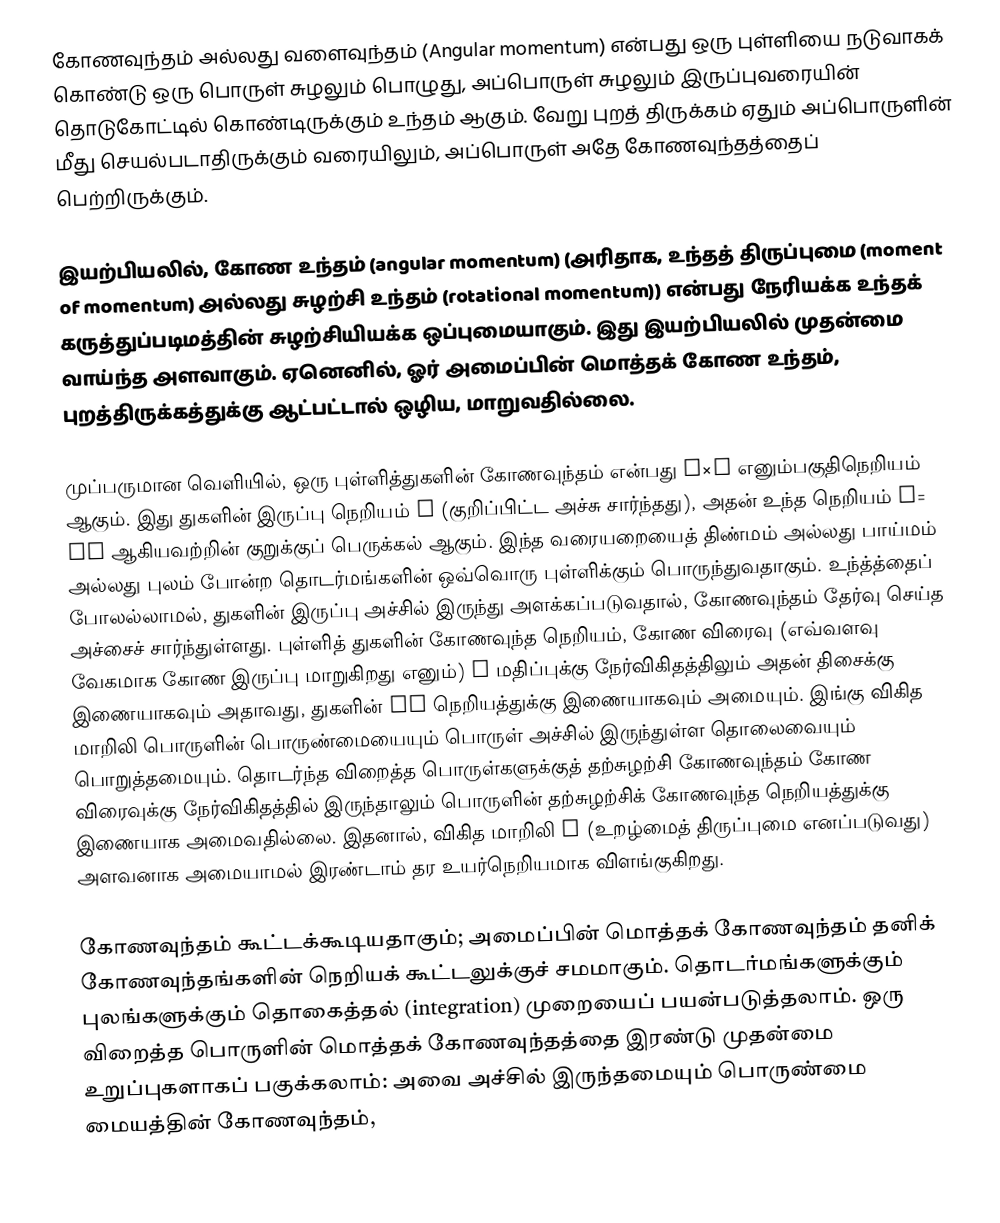
கோணவுந்தம் அல்லது வளைவுந்தம் (Angular momentum) என்பது ஒரு புள்ளியை நடுவாகக் கொண்டு ஒரு பொருள் சுழலும் பொழுது, அப்பொருள் சுழலும் இருப்புவரையின் தொடுகோட்டில் கொண்டிருக்கும் உந்தம் ஆகும். வேறு புறத் திருக்கம் ஏதும் அப்பொருளின் மீது செயல்படாதிருக்கும் வரையிலும், அப்பொருள் அதே கோணவுந்தத்தைப் பெற்றிருக்கும்.

இயற்பியலில், கோண உந்தம் (angular momentum) (அரிதாக, உந்தத் திருப்புமை (moment of momentum) அல்லது சுழற்சி உந்தம் (rotational momentum)) என்பது நேரியக்க உந்தக் கருத்துப்படிமத்தின் சுழற்சியியக்க ஒப்புமையாகும். இது இயற்பியலில் முதன்மை வாய்ந்த அளவாகும். ஏனெனில், ஓர் அமைப்பின் மொத்தக் கோண உந்தம், புறத்திருக்கத்துக்கு ஆட்பட்டால் ஒழிய, மாறுவதில்லை.

முப்பருமான வெளியில், ஒரு புள்ளித்துகளின் கோணவுந்தம் என்பது r×p எனும்பகுதிநெறியம் ஆகும். இது துகளின் இருப்பு நெறியம் r (குறிப்பிட்ட அச்சு சார்ந்தது), அதன் உந்த நெறியம் p= mv ஆகியவற்றின் குறுக்குப் பெருக்கல் ஆகும். இந்த வரையறையைத் திண்மம் அல்லது பாய்மம் அல்லது புலம் போன்ற தொடர்மங்களின் ஒவ்வொரு புள்ளிக்கும் பொருந்துவதாகும். உந்த்த்தைப் போலல்லாமல்,  துகளின் இருப்பு அச்சில் இருந்து அளக்கப்படுவதால், கோணவுந்தம் தேர்வு செய்த அச்சைச் சார்ந்துள்ளது. புள்ளித் துகளின் கோணவுந்த நெறியம், கோண விரைவு (எவ்வளவு வேகமாக கோண இருப்பு மாறுகிறது எனும்) ω மதிப்புக்கு நேர்விகிதத்திலும் அதன் திசைக்கு இணையாகவும் அதாவது, துகளின் mv நெறியத்துக்கு இணையாகவும் அமையும். இங்கு விகித மாறிலி  பொருளின் பொருண்மையையும் பொருள் அச்சில் இருந்துள்ள தொலைவையும் பொறுத்தமையும். தொடர்ந்த விறைத்த பொருள்களுக்குத் தற்சுழற்சி கோணவுந்தம் கோண விரைவுக்கு நேர்விகிதத்தில் இருந்தாலும் பொருளின் தற்சுழற்சிக் கோணவுந்த நெறியத்துக்கு இணையாக அமைவதில்லை. இதனால், விகித மாறிலி I (உறழ்மைத் திருப்புமை எனப்படுவது) அளவனாக அமையாமல் இரண்டாம் தர உயர்நெறியமாக விளங்குகிறது.

கோணவுந்தம் கூட்டக்கூடியதாகும்; அமைப்பின் மொத்தக் கோணவுந்தம் தனிக் கோணவுந்தங்களின் நெறியக் கூட்டலுக்குச் சமமாகும். தொடர்மங்களுக்கும் புலங்களுக்கும் தொகைத்தல் (integration) முறையைப் பயன்படுத்தலாம். ஒரு விறைத்த பொருளின் மொத்தக் கோணவுந்தத்தை இரண்டு முதன்மை உறுப்புகளாகப் பகுக்கலாம்: அவை அச்சில் இருந்தமையும் பொருண்மை மையத்தின் கோணவுந்தம்,